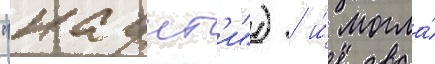
"каунт'и") / и́ могла́